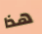
هذا